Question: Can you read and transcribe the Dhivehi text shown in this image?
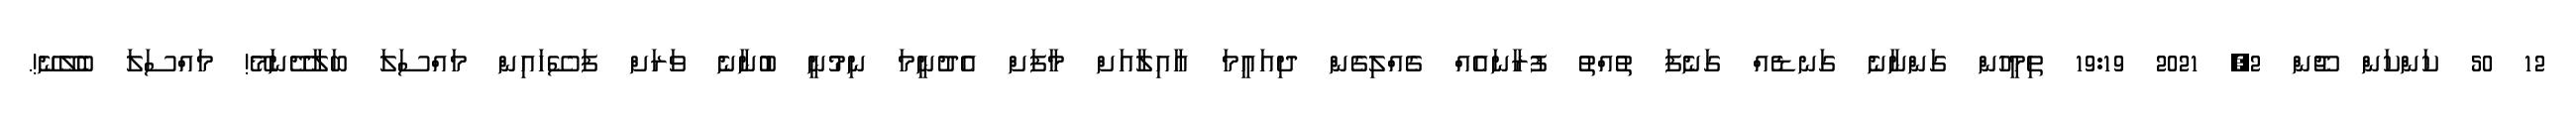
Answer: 12 50 ކަންކަން ޖޫން 2, 2021 19:19 ތިމީހުން ގަންނާނެ ގަނޑެއް ގަނެފަ ތުއްތު ފުރާނައެއް ގެއްލިގެން ދިއައީމަ އާއިލާއަށް މާފަށް އެދުނީމަ ނިމުނީ ބުނާނެ ވަރަށް ފަސޭހައިން މައްސަލަ ބަލާދޭނަމޭ! މައްސަލަ ބެލޭނޭ!.